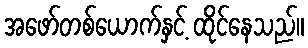
အဖော်တစ်ယောက်နှင့် ထိုင်နေသည်။